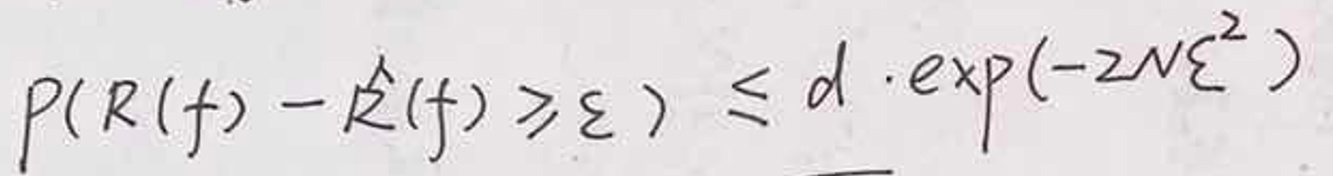
\[
P(R(f)-\hat{R}(f)\geq \varepsilon)\leq d\cdot\exp(-2N\varepsilon^{2})
\]